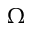
\Omega